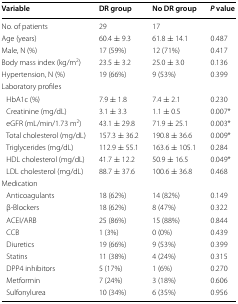
<table><thead><tr><td><b>Variable</b></td><td><b>DR group</b></td><td><b>No DR group</b></td><td><b><i>P</i> value</b></td></tr></thead><tbody><tr><td>No. of patients</td><td>29</td><td>17</td><td></td></tr><tr><td>Age (years)</td><td>60.4 ± 9.3</td><td>61.8 ± 14.1</td><td>0.487</td></tr><tr><td>Male, N (%)</td><td>17 (59%)</td><td>12 (71%)</td><td>0.417</td></tr><tr><td>Body mass index (kg/m<sup>2</sup>)</td><td>23.5 ± 3.2</td><td>25.0 ± 3.0</td><td>0.136</td></tr><tr><td>Hypertension, N (%)</td><td>19 (66%)</td><td>9 (53%)</td><td>0.399</td></tr><tr><td colspan="4">Laboratory profiles</td></tr><tr><td> HbA1c (%)</td><td>7.9 ± 1.8</td><td>7.4 ± 2.1</td><td>0.230</td></tr><tr><td> Creatinine (mg/dL)</td><td>3.1 ± 3.3</td><td>1.1 ± 0.5</td><td>0.007*</td></tr><tr><td> eGFR (mL/min/1.73 m<sup>2</sup>)</td><td>43.1 ± 29.8</td><td>71.9 ± 25.1</td><td>0.003*</td></tr><tr><td> Total cholesterol (mg/dL)</td><td>157.3 ± 36.2</td><td>190.8 ± 36.6</td><td>0.009*</td></tr><tr><td> Triglycerides (mg/dL)</td><td>112.9 ± 55.1</td><td>163.6 ± 105.1</td><td>0.284</td></tr><tr><td> HDL cholesterol (mg/dL)</td><td>41.7 ± 12.2</td><td>50.9 ± 16.5</td><td>0.049*</td></tr><tr><td> LDL cholesterol (mg/dL)</td><td>88.7 ± 37.6</td><td>100.6 ± 36.8</td><td>0.468</td></tr><tr><td colspan="4">Medication</td></tr><tr><td> Anticoagulants</td><td>18 (62%)</td><td>14 (82%)</td><td>0.149</td></tr><tr><td> β-Blockers</td><td>18 (62%)</td><td>8 (47%)</td><td>0.322</td></tr><tr><td> ACEI/ARB</td><td>25 (86%)</td><td>15 (88%)</td><td>0.844</td></tr><tr><td> CCB</td><td>1 (3%)</td><td>0 (0%)</td><td>0.439</td></tr><tr><td> Diuretics</td><td>19 (66%)</td><td>9 (53%)</td><td>0.399</td></tr><tr><td> Statins</td><td>11 (38%)</td><td>4 (24%)</td><td>0.315</td></tr><tr><td> DPP4 inhibitors</td><td>5 (17%)</td><td>1 (6%)</td><td>0.270</td></tr><tr><td> Metformin</td><td>7 (24%)</td><td>3 (18%)</td><td>0.606</td></tr><tr><td> Sulfonylurea</td><td>10 (34%)</td><td>6 (35%)</td><td>0.956</td></tr></tbody></table>